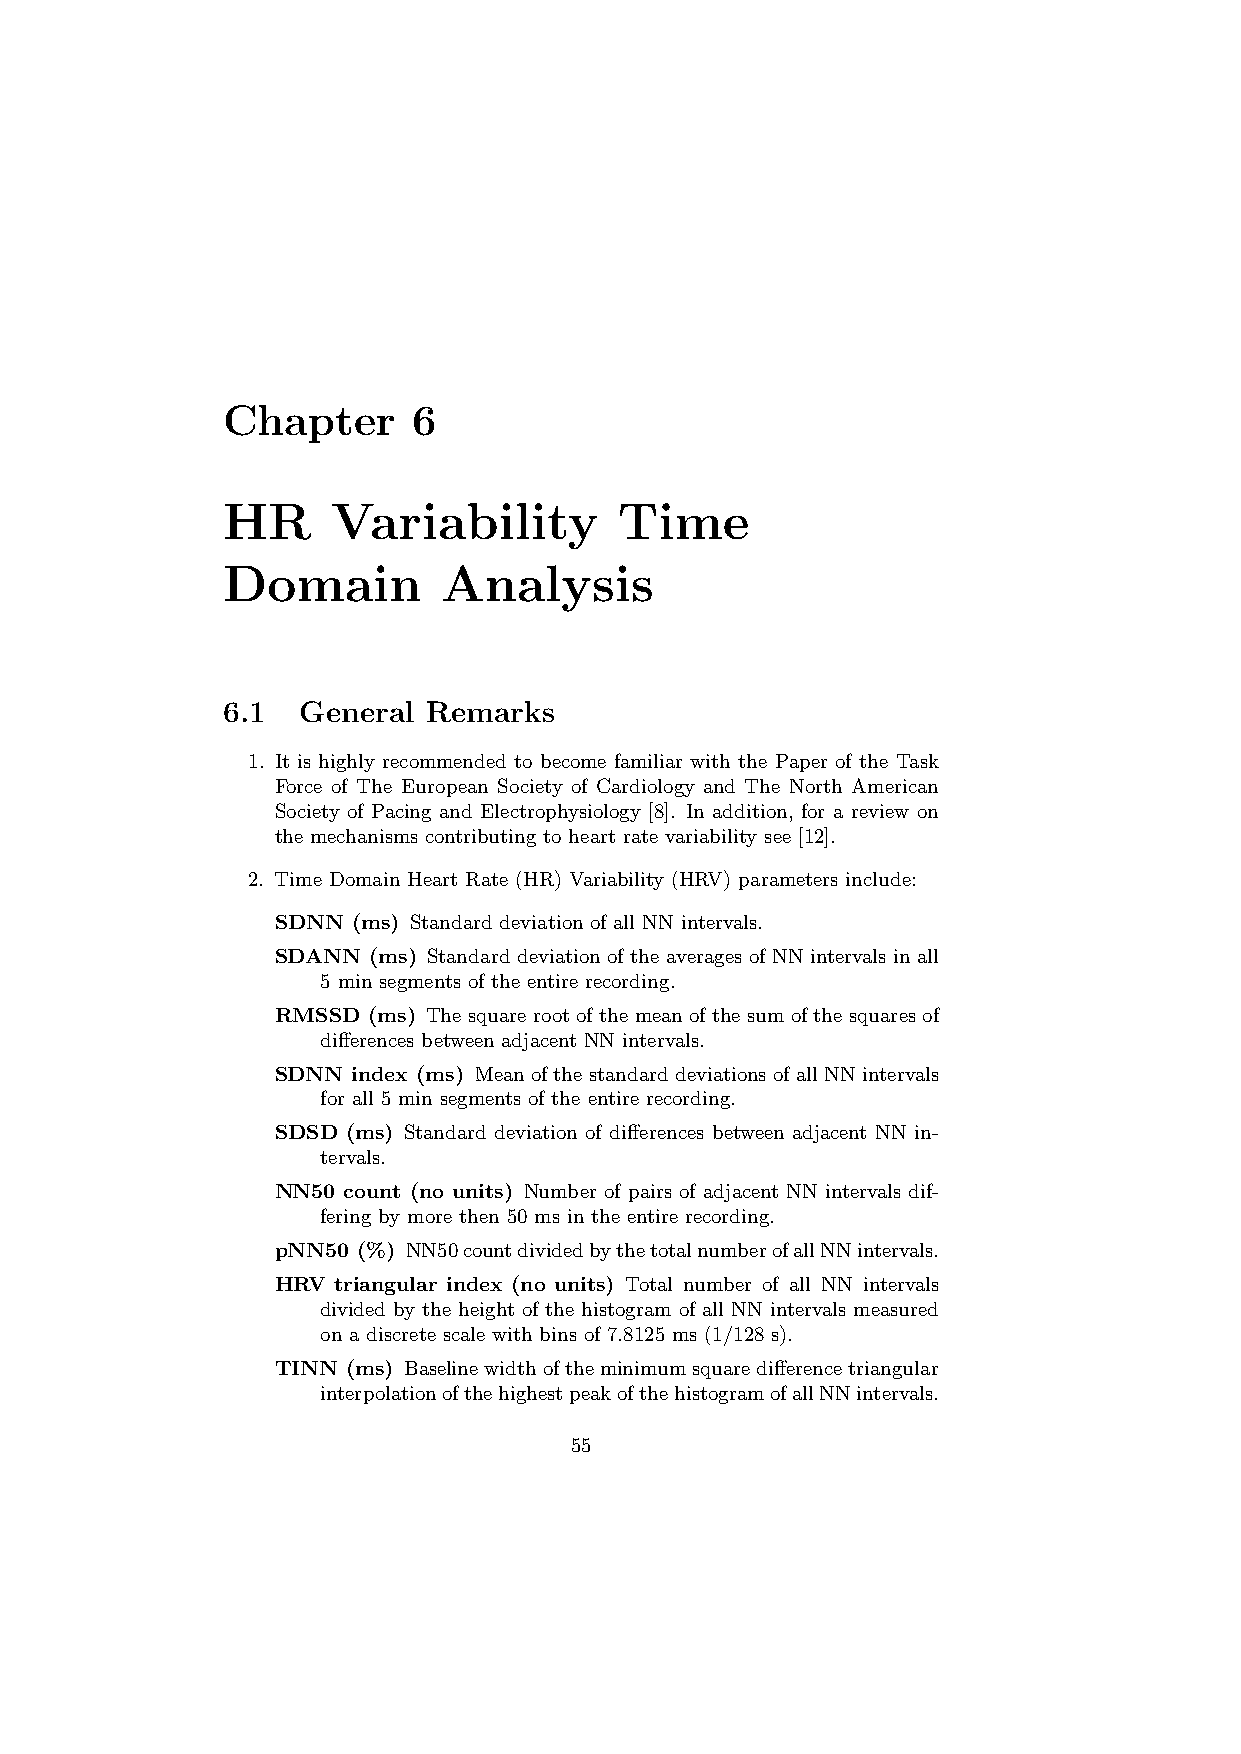
Chapter     6
 HR     Variability        Time
 Domain        Analysis
 6.1  General Remarks
 1. It is highly recommended to become familiar with the Paper of the Task
 Force of The European Society of Cardiology and The North American
 Society of Pacing and Electrophysiology [8]. In addition, for a review on
 the mechanisms contributing to heart rate variability see [12].
 2. Time Domain Heart Rate (HR) Variability (HRV) parameters include:
 SDNN (ms) Standard deviation of all NN intervals.
 SDANN (ms) Standard deviation of the averages of NN intervals in all
 5 min segments of the entire recording.
 RMSSD (ms) The square root of the mean of the sum of the squares of
 differences between adjacent NN intervals.
 SDNN index (ms) Mean of the standard deviations of all NN intervals
 for all 5 min segments of the entire recording.
 SDSD (ms) Standard deviation of differences between adjacent NN in-
 tervals.
 NN50 count (no units) Number of pairs of adjacent NN intervals dif-
 fering by more then 50 ms in the entire recording.
 pNN50 (%) NN50countdividedbythetotalnumberofallNNintervals.
 HRV triangular index (no units) Total number of all NN intervals
 divided by the height of the histogram of all NN intervals measured
 on a discrete scale with bins of 7.8125 ms (1/128 s).
 TINN (ms) Baselinewidthoftheminimumsquaredifferencetriangular
 interpolationofthehighestpeakofthehistogramofallNNintervals.
 55